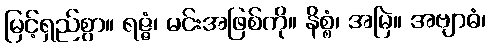
မြင့်ရှည်စွာ။ ရဇ္ဇံ၊ မင်းအဖြစ်ကို။ နိစ္စံ၊ အမြဲ။ အဗျာဓံ၊